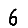
Digit: 6